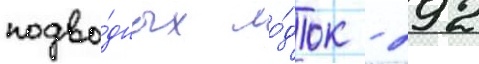
подво́дных ло́док - 292